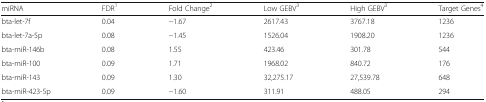
<table><thead><tr><td><b>miRNA</b></td><td><b>FDR<sup>1</sup></b></td><td><b>Fold Change<sup>2</sup></b></td><td><b>Low GEBV<sup>3</sup></b></td><td><b>High GEBV<sup>3</sup></b></td><td><b>Target Genes<sup>4</sup></b></td></tr></thead><tbody><tr><td>bta-let-7f</td><td>0.04</td><td>−1.67</td><td>2617.43</td><td>3767.18</td><td>1236</td></tr><tr><td>bta-let-7a-5p</td><td>0.08</td><td>−1.45</td><td>1526.04</td><td>1908.20</td><td>1236</td></tr><tr><td>bta-miR-146b</td><td>0.08</td><td>1.55</td><td>423.46</td><td>301.78</td><td>544</td></tr><tr><td>bta-miR-100</td><td>0.09</td><td>1.71</td><td>1968.02</td><td>840.72</td><td>176</td></tr><tr><td>bta-miR-143</td><td>0.09</td><td>1.30</td><td>32,275.17</td><td>27,539.78</td><td>648</td></tr><tr><td>bta-miR-423-5p</td><td>0.09</td><td>−1.60</td><td>311.91</td><td>488.05</td><td>294</td></tr></tbody></table>